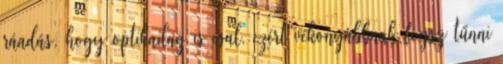
ráadás, hogy optikailag is csal, ezért vékonyabbnak fogsz tűnni